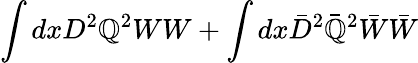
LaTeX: \int{dxD^{2}\mathbb{Q}^{2}}WW+\int{dx\bar{{D}}^{2}\bar{{\mathbb{Q}}}^{2}}\bar{{W}}\bar{{W}}